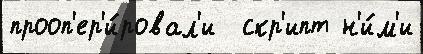
прооп'ер'и́ровал'и  скр'ипт н'и́м'и